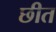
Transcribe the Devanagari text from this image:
छीत